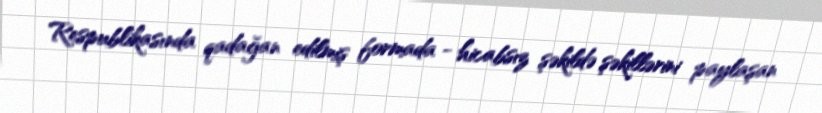
Respublikasında qadağan edilmiş formada - hicabsız şəkildə şəkillərini paylaşan